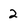
Character: 2